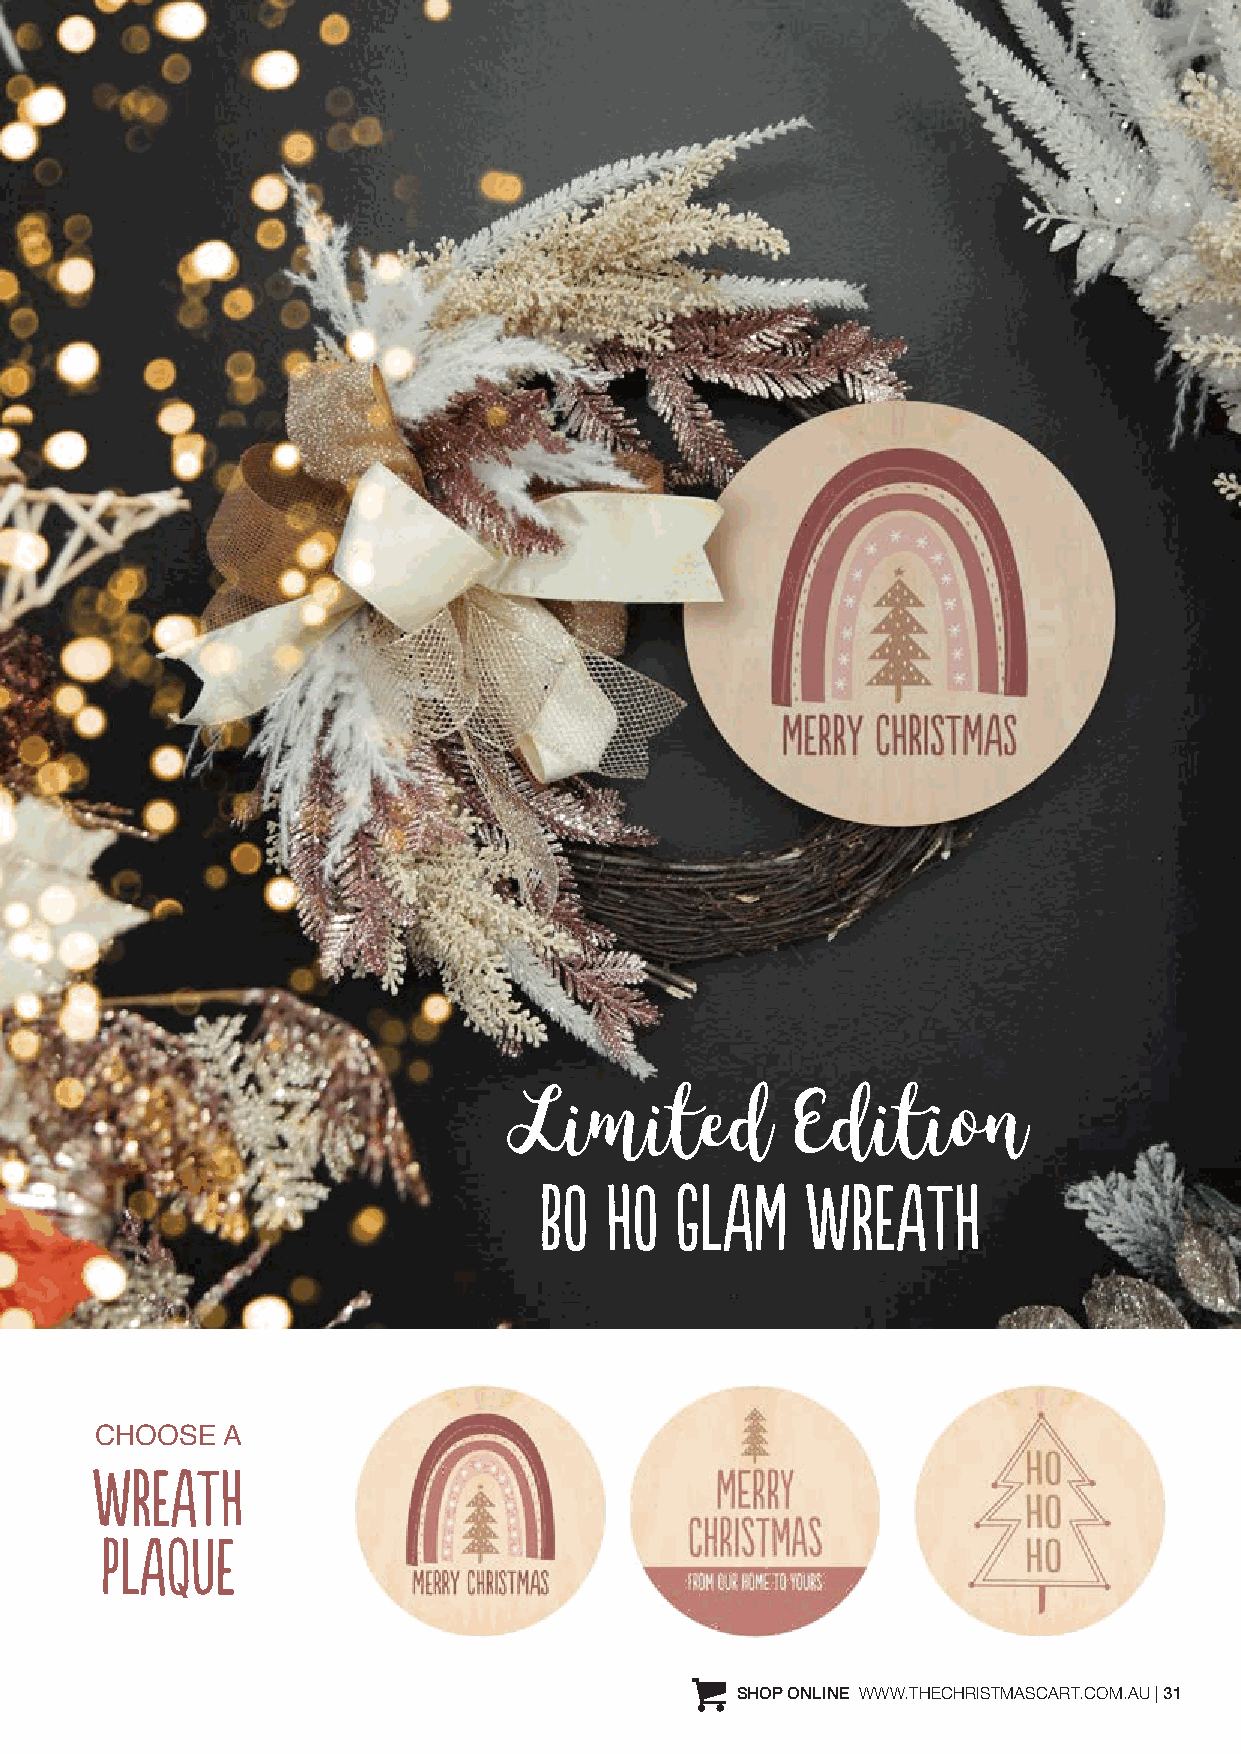
Limited            Edition
 BO  HO   GLAM    WREATH
 CHOOSE   A
 WREATH
 PLAQUE
 SHOP ONLINE WWW.THECHRISTMASCART.COM.AU | 31